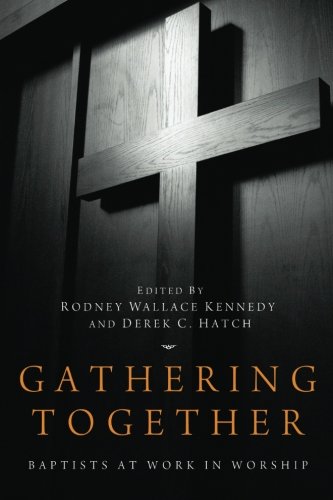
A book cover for Gathering Together: Baptists at Work in Worship; Christian Books & Bibles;